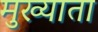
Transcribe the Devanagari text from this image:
मुख्याता